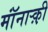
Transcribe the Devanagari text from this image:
मॉंनाऱ्क़़ी